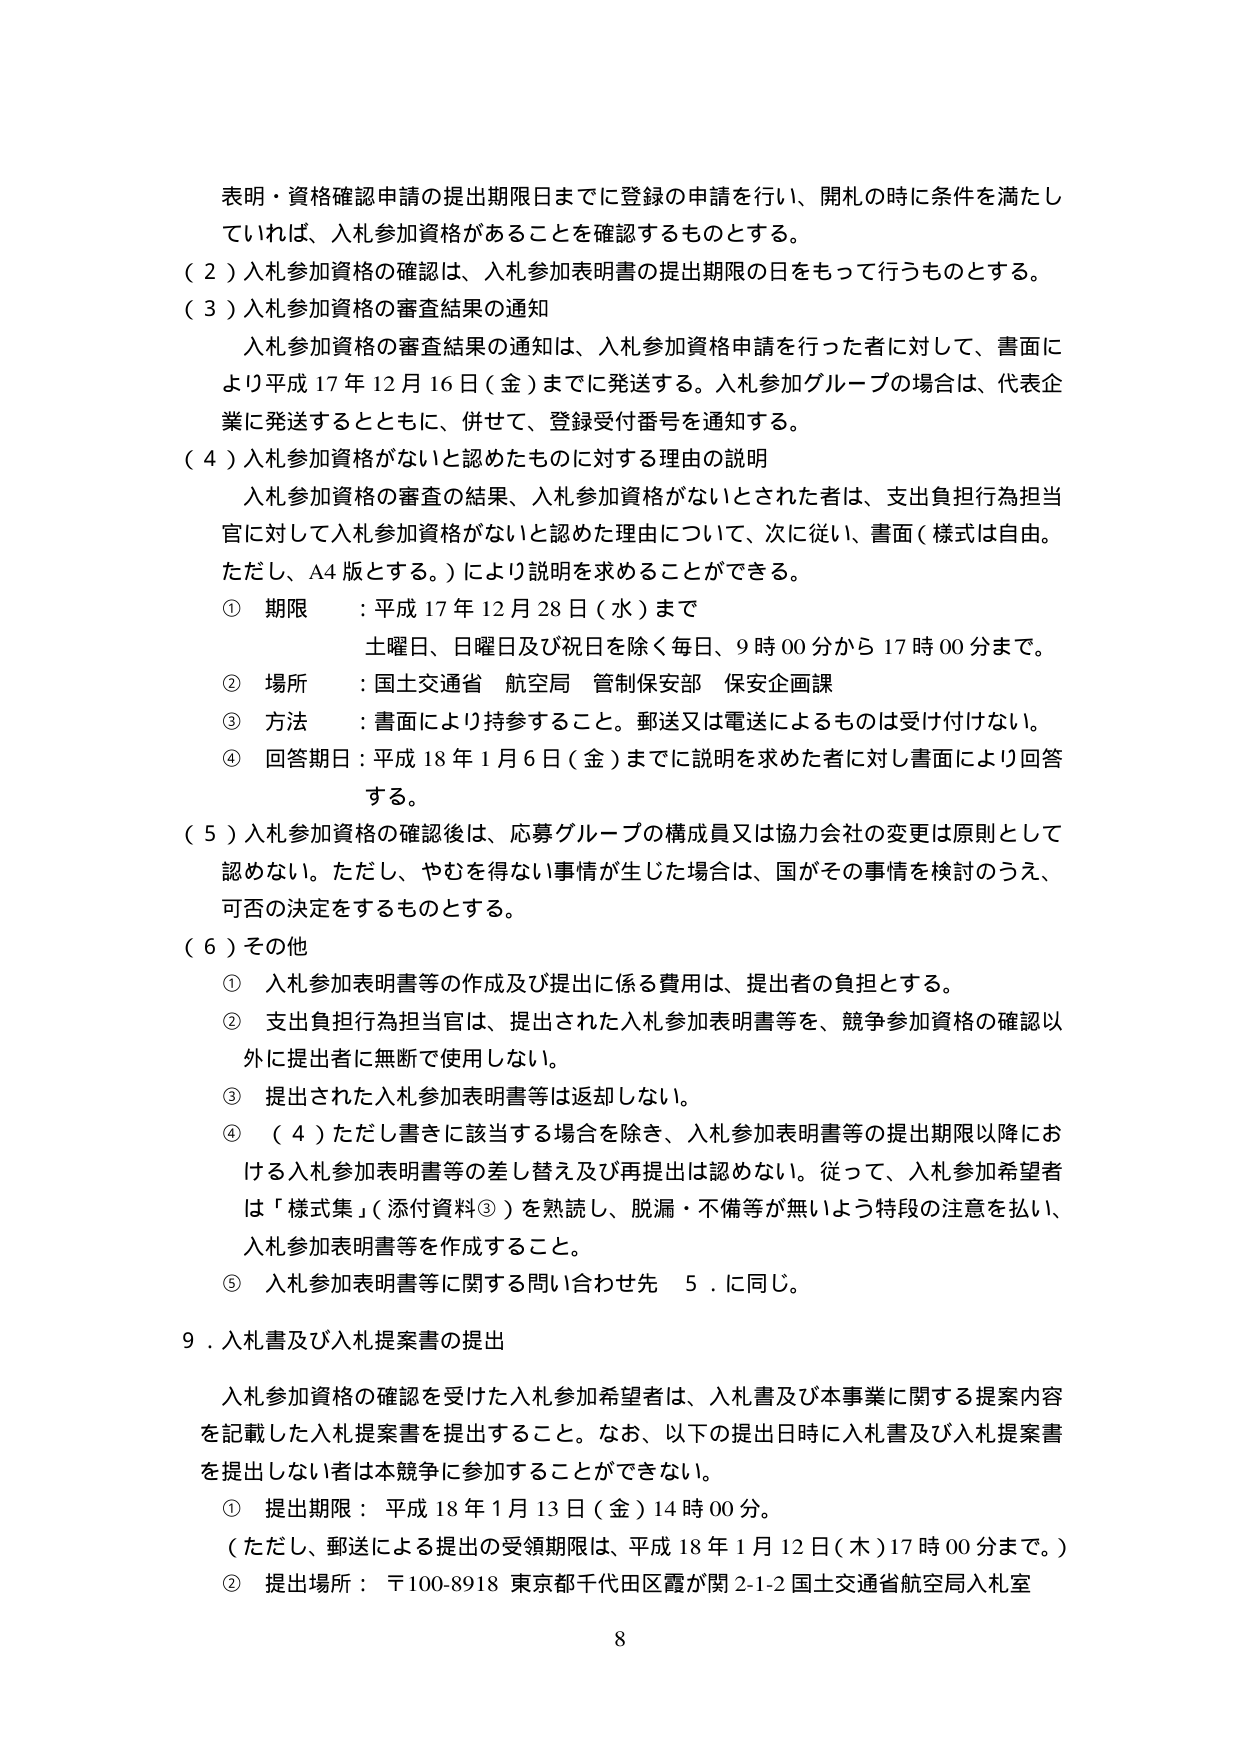
表明・資格確認申請の提出期限日までに登録の申請を行い、開札の時に条件を満たしていれば、入札参加資格があることを確認するものとする。

（２）入札参加資格の確認は、入札参加表明書の提出期限の日をもって行うものとする。

（３）入札参加資格の審査結果の通知

　入札参加資格の審査結果の通知は、入札参加資格申請を行った者に対して、書面により平成17年12月16日（金）までに発送する。入札参加グループの場合は、代表企業に発送するとともに、併せて、登録受付番号を通知する。

（４）入札参加資格がないと認めたものに対する理由の説明

　入札参加資格の審査の結果、入札参加資格がないとされた者は、支出負担行為担当官に対して入札参加資格がないと認めた理由について、次に従い、書面（様式は自由。ただし、A4版とする。）により説明を求めることができる。

　① 期限：平成17年12月28日（水）まで
　　　　土曜日、日曜日及び祝日を除く毎日、9時00分から17時00分まで。

　② 場所：国土交通省 航空局 管制保安部 保安企画課

　③ 方法：書面により持参すること。郵送又は電送によるものは受け付けない。

　④ 回答期日：平成18年1月6日（金）までに説明を求めた者に対し書面により回答する。

（５）入札参加資格の確認後は、応募グループの構成員又は協力会社の変更は原則として認めない。ただし、やむを得ない事情が生じた場合は、国がその事情を検討のうえ、可否の決定をするものとする。

（６）その他

　① 入札参加表明書等の作成及び提出に係る費用は、提出者の負担とする。

　② 支出負担行為担当官は、提出された入札参加表明書等を、競争参加資格の確認以外に提出者に無断で使用しない。

　③ 提出された入札参加表明書等は返却しない。

　④ （４）ただし書きに該当する場合を除き、入札参加表明書等の提出期限以降における入札参加表明書等の差し替え及び再提出は認めない。従って、入札参加希望者は「様式集」（添付資料③）を熟読し、脱漏・不備等が無いよう特段の注意を払い、入札参加表明書等を作成すること。

　⑤ 入札参加表明書等に関する問い合わせ先　5．に同じ。

９．入札書及び入札提案書の提出

　入札参加資格の確認を受けた入札参加希望者は、入札書及び本事業に関する提案内容を記載した入札提案書を提出すること。なお、以下の提出日時に入札書及び入札提案書を提出しない者は本競争に参加することができない。

　① 提出期限：平成18年1月13日（金）14時00分。
　　　　（ただし、郵送による提出の受領期限は、平成18年1月12日（木）17時00分まで。）

　② 提出場所：〒100-8918 東京都千代田区霞が関2-1-2 国土交通省航空局入札室

8